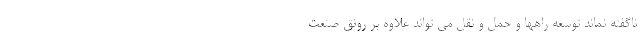
ناگفته نماند توسعه راهها و حمل و نقل می تواند علاوه بر رونق صنعت